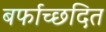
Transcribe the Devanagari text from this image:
बर्फाच्छदित